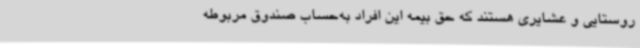
روستایی و عشایری هستند که حق بیمه این افراد به‌حساب صندوق مربوطه